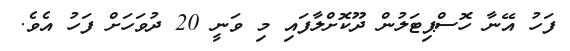
ފަހު އޭނާ ހޮސްޕިޓަލުން ދޫކޮށްލާފައި މި ވަނީ 20 ދުވަހަށް ފަހު އެވެ.